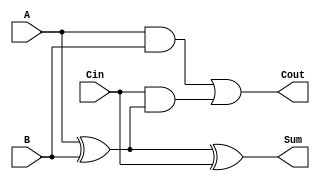
module LowPowerFullAdder (
    input wire A,      // First input bit
    input wire B,      // Second input bit
    input wire Cin,    // Carry-in bit
    output wire Sum,   // Resulting sum bit
    output wire Cout   // Carry-out bit
);

// Intermediate signals
wire AB;         // A AND B
wire A_xor_B;   // A XOR B

// Logic Implementation
assign A_xor_B = A ^ B;        // First XOR for A and B
assign Sum = A_xor_B ^ Cin;    // Second XOR for Sum

assign AB = A & B;              // AND gate for A and B
assign Cout = AB | (Cin & A_xor_B); // OR gate for Cout

endmodule